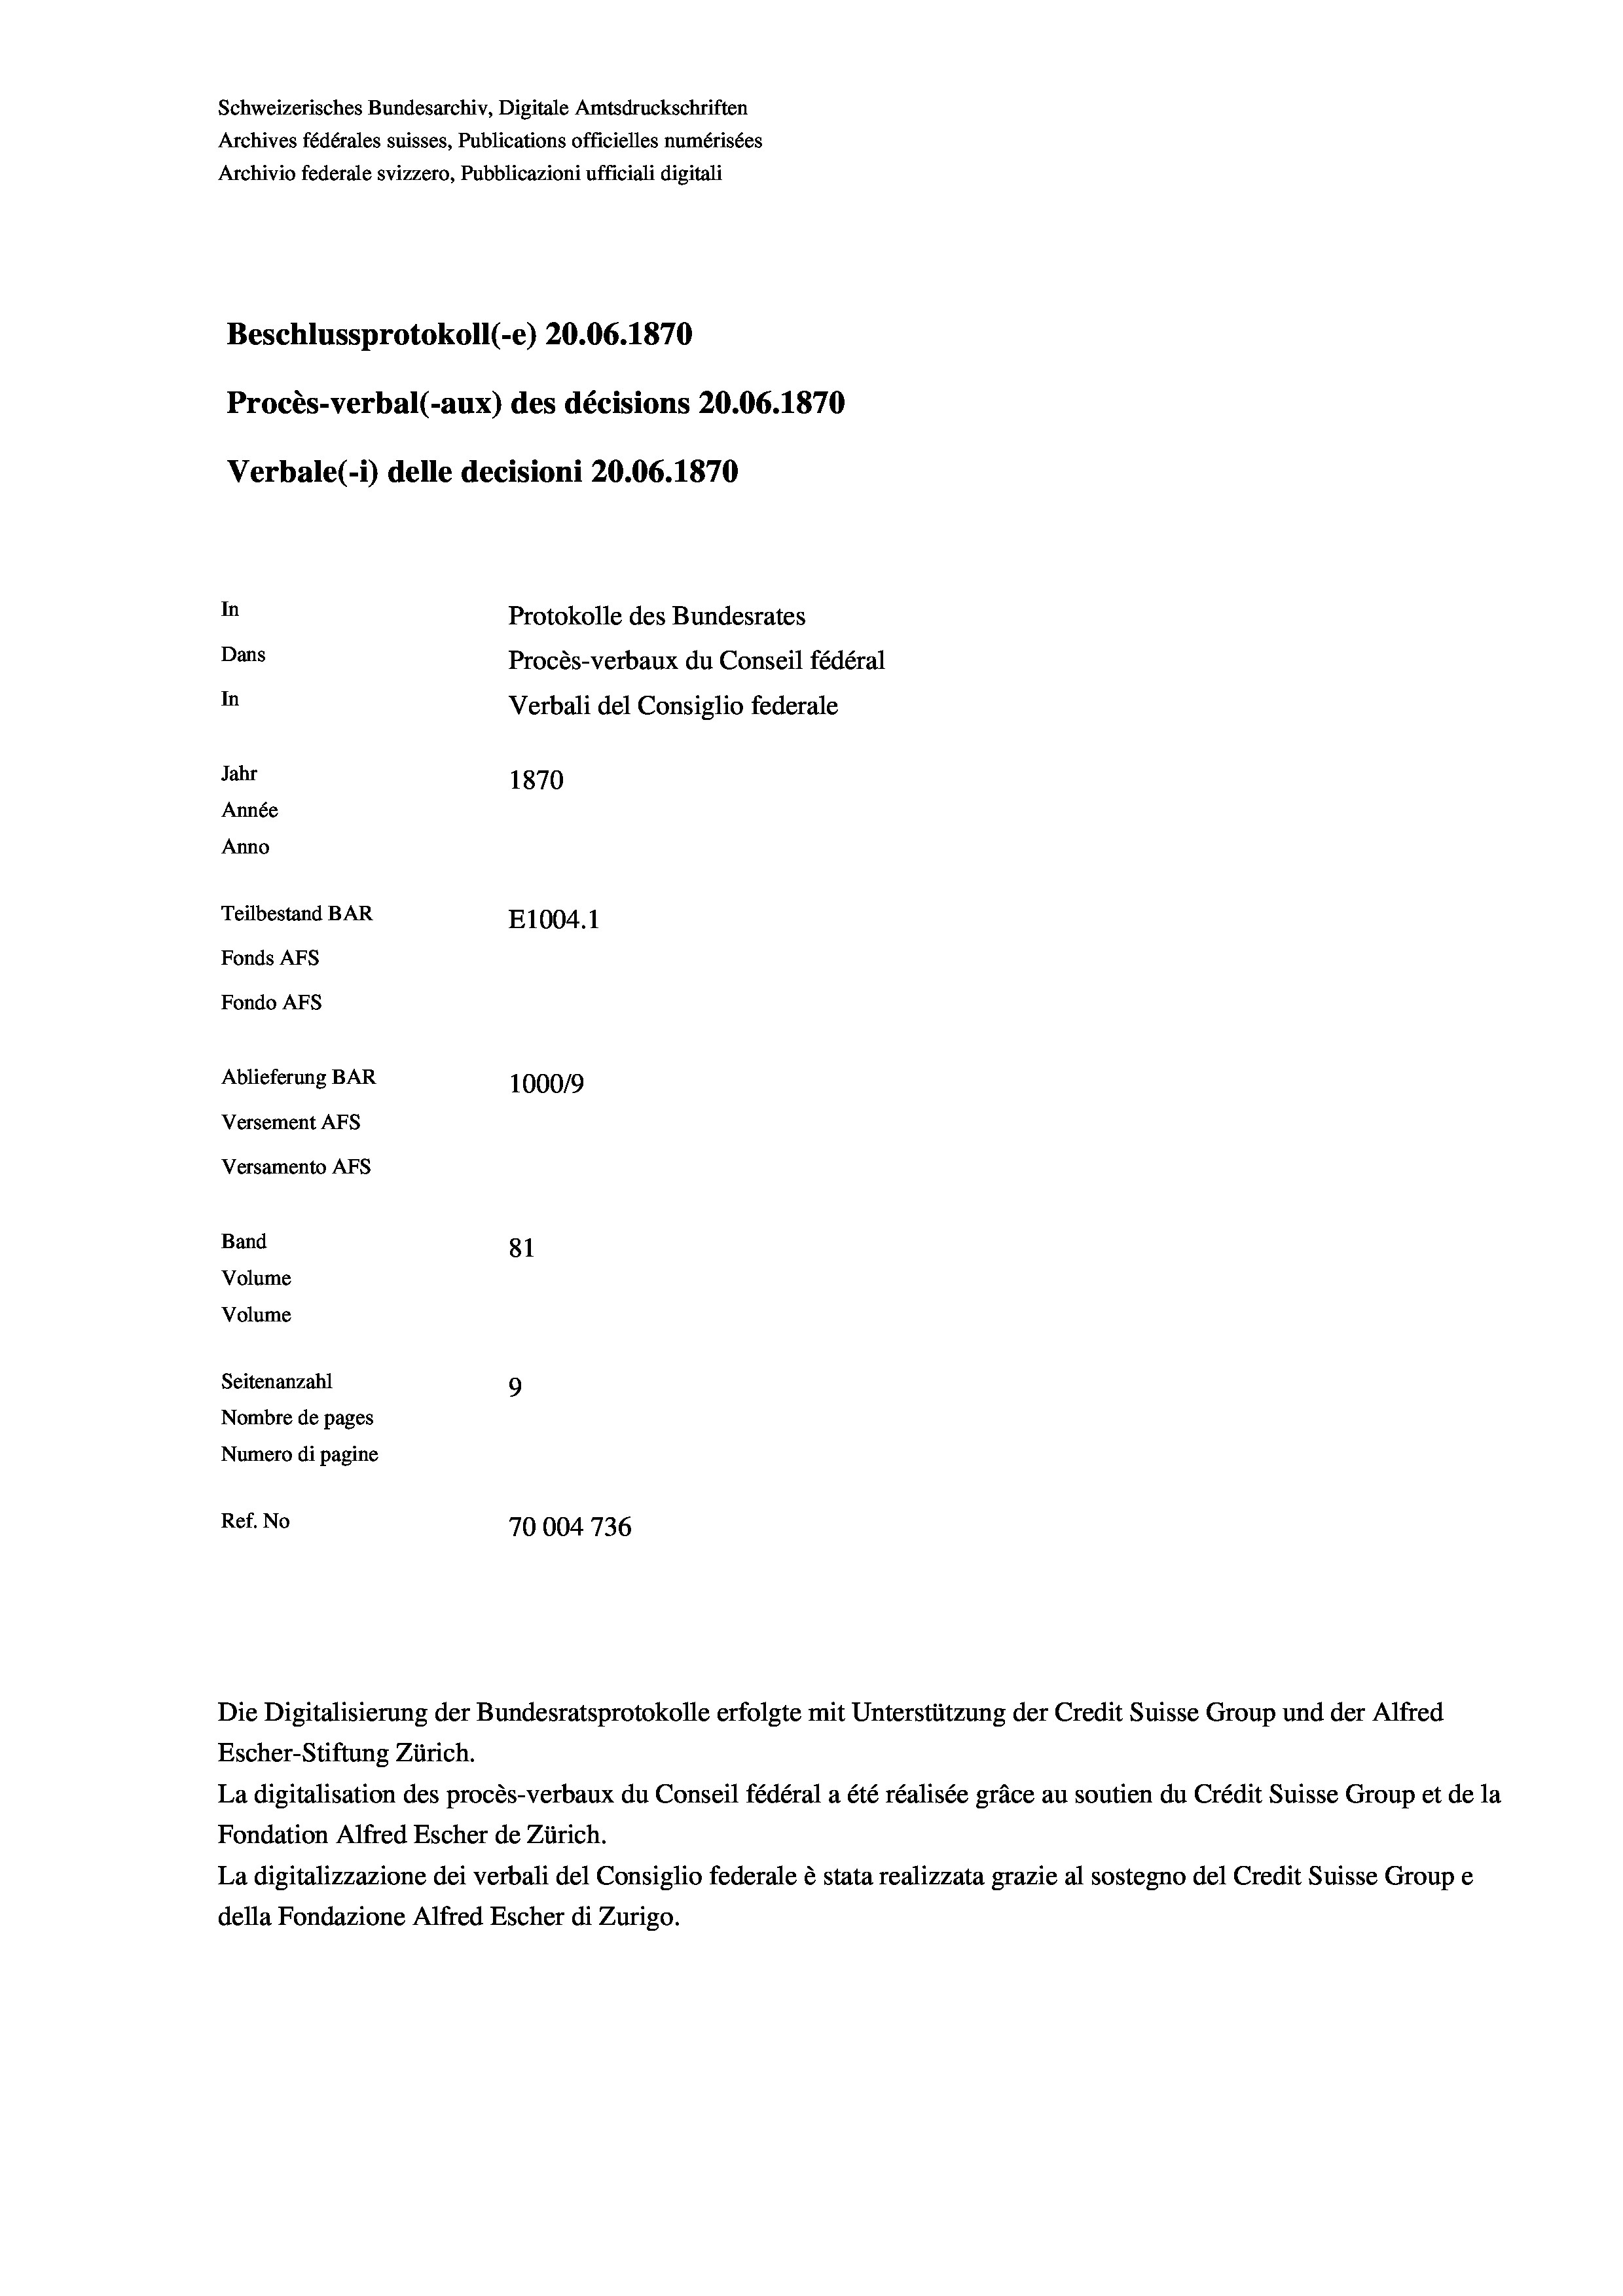
Schweizerisches Bundesarchiv, Digitale Amtsdruckschriften
Archives fédérales suisses, Publications officielles numérisées
Archivio federale svizzero, Pubblicazioni ufficiali digitali
Beschlussprotokoll (-e) 20.06. 1870
Procès-verbal (-aux) des décisions 20.06. 1870
Verbale (1) delle decisioni 20.06. 1870
In
Protokolle des Bundesrates
Dans
Procès-verbaux du Conseil fédéral
In
Verbali del Consiglio federale
Jahr
1870
Année
Anno
Teilbestand BAR
E1004. 1
Fonds AFs
Fondo AFs
Ablieferung BAR
100019
Versement Abs
Versamento Afs

81
Seitenanzahl
9
Nombre de pages
Numero di pagine
Ref. No
70004 736

Band
Volume
Volume

Escher-Stiftung Zürich.
La digitalisation des procès-verbaux du Conseil fédéral a été réalisée gräce au soutien du Crédit Suisse Group et de la
Fondation Alfred Escher de Zürich.
La digitalizzazione dei verbali del Consiglio federale è stata realizzata grazie al sostegno del Credit Suisse Groupe
della Fondazione Alfred Escher di Zurigo.

Die Digitalisierung der Bundesratsprotokolle erfolgte mit Unterstützung der Credit Suisse Group und der Alfred